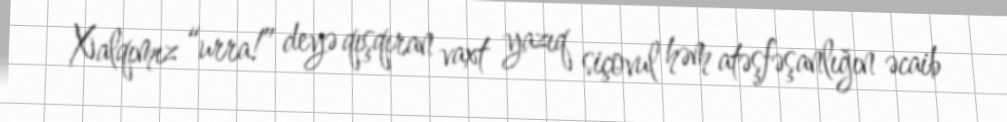
Xalqımız “urra!” deyə qışqıran vaxt yazıq siçovul həm atəşfəşanlığın əcaib